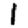
Digit: 1